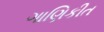
ગાણિકીત